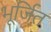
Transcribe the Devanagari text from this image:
भूर्जित